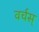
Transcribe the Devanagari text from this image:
वर्चस्